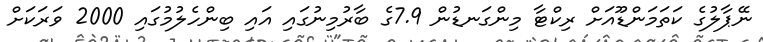
ނޭޕާލުގެ ކަތަމަންޑޫއަށް ރިކްޓާ މިންގަނޑުން 7.9ގެ ބާރުމިނުގައި އައި ބިންހެލުމުގައި 2000 ވަރަކަށް